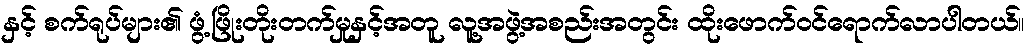
နှင့် စက်ရုပ်များ၏ ဖွံ့ဖြိုးတိုးတက်မှုနှင့်အတူ လူ့အဖွဲ့အစည်းအတွင်း ထိုးဖောက်ဝင်ရောက်လာပါတယ်။